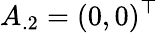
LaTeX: A_{.2}=(0,0)^{\top}